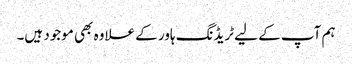
ہم آپ کے لیے ٹریڈنگ ہاور کے علاوہ بھی موجود ہیں۔